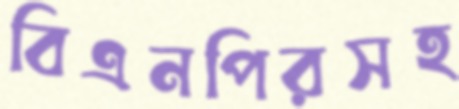
বিএনপিরসহ